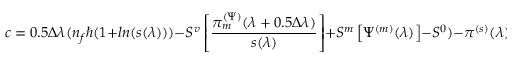
c = 0 . 5 \Delta \lambda ( n _ { f } \hbar ( 1 + l n ( s ( \lambda ) ) ) - S ^ { v } \left[ \frac { \pi _ { m } ^ { ( \Psi ) } ( \lambda + 0 . 5 \Delta \lambda ) } { s ( \lambda ) } \right] + S ^ { m } \left[ \Psi ^ { ( m ) } ( \lambda ) \right] - S ^ { 0 } ) - \pi ^ { ( s ) } ( \lambda )